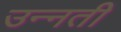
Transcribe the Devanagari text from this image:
उन्‍नती